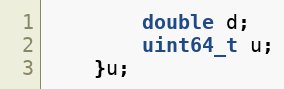
Language: C++
        double d;
        uint64_t u;
    }u;